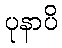
ပုနာပိ